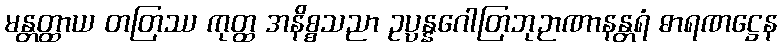
မန္တတ္ထာယ တတြဿ ကုတ္ထ အနိစ္စသညာ ဥပ္ပန္နဂေါတြဘုဉာဏာနန္တရံ ဓာရဏဋ္ဌေန